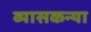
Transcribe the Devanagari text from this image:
व्यासकन्या